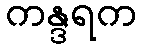
ကန္ဒရက